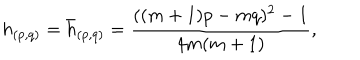
h _ { ( p , q ) } = \bar { h } _ { ( p , q ) } = \frac { ( ( m + 1 ) p - m q ) ^ { 2 } - 1 } { 4 m ( m + 1 ) } ,